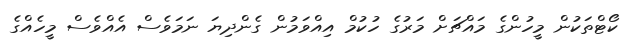
ކޯޓްތަކުން މީހުންގެ މައްޗަށް މަރުގެ ހުކުމް އިއްވަމުން ގެންދިޔަ ނަމަވެސް އެއްވެސް މީހެއްގެ